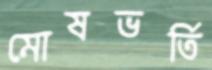
মোষভর্তি